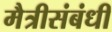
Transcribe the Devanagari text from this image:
मैत्रीसंबंधी